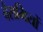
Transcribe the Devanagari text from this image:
बैरागियों